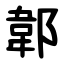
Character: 郼